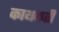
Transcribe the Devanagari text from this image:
काथकरी